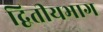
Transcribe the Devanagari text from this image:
द्वितीयभाग